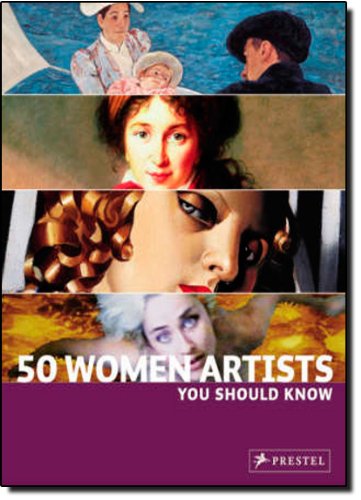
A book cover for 50 Women Artists You Should Know; C. Weidemann; Reference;